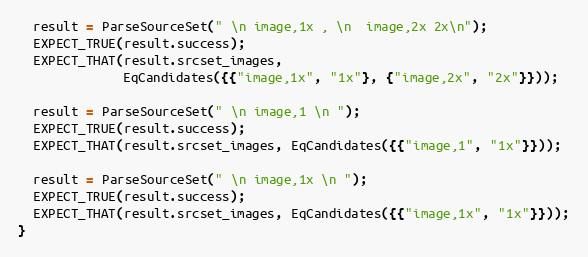
Language: C++
  result = ParseSourceSet(" \n image,1x , \n  image,2x 2x\n");
  EXPECT_TRUE(result.success);
  EXPECT_THAT(result.srcset_images,
              EqCandidates({{"image,1x", "1x"}, {"image,2x", "2x"}}));

  result = ParseSourceSet(" \n image,1 \n ");
  EXPECT_TRUE(result.success);
  EXPECT_THAT(result.srcset_images, EqCandidates({{"image,1", "1x"}}));

  result = ParseSourceSet(" \n image,1x \n ");
  EXPECT_TRUE(result.success);
  EXPECT_THAT(result.srcset_images, EqCandidates({{"image,1x", "1x"}}));
}